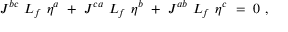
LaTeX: J ^ { b c } \ { \cal L } _ { f } \ \eta ^ { a } \ + \ J ^ { c a } \ { \cal L } _ { f } \ \eta ^ { b } \ + \ J ^ { a b } \ { \cal L } _ { f } \ \eta ^ { c } \ = \ 0 \ ,